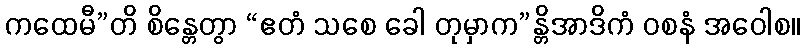
ကထေမီ”တိ စိန္တေတွာ “ဧတံ သစေ ခေါ တုမှာက”န္တိအာဒိကံ ဝစနံ အဝေါစ။